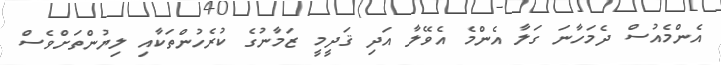
އެންމެއުސް ދެމަހާނަ ގަލާ އެންމެ އެވޭލާ އަދި ޤަދީމީ ޒަމާނުގެ ކުރެހުންތަކާއި ލިޔުންތަށްވެސް